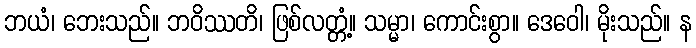
ဘယံ၊ ဘေးသည်။ ဘဝိဿတိ၊ ဖြစ်လတ္တံ့။ သမ္မာ၊ ကောင်းစွာ။ ဒေဝေါ၊ မိုးသည်။ န